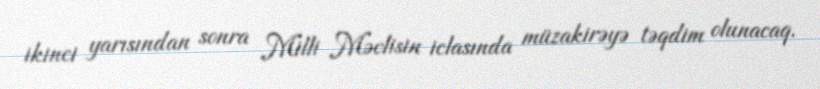
ikinci yarısından sonra Milli Məclisin iclasında müzakirəyə təqdim olunacaq.